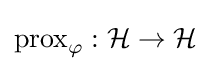
\operatorname {prox} _{\varphi }:{\mathcal {H}}\to {\mathcal {H}}